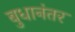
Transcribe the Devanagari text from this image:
बुधानंतर